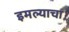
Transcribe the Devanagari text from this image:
इमल्याचा